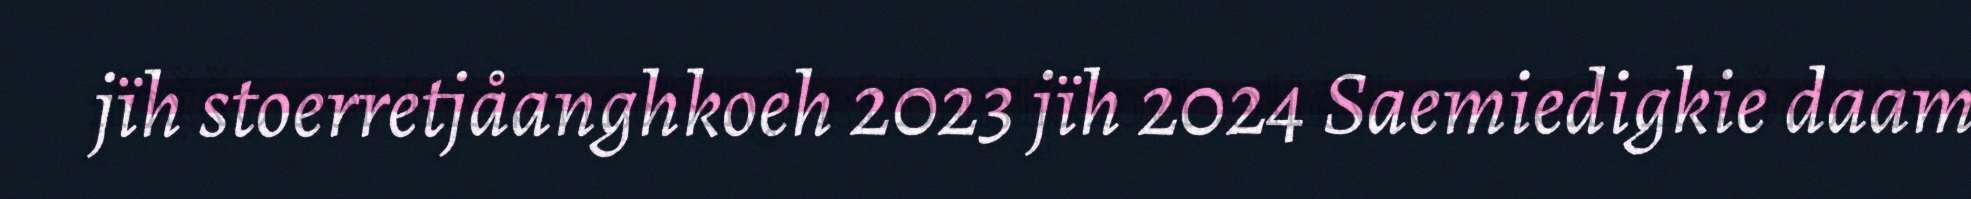
jïh stoerretjåanghkoeh 2023 jïh 2024 Saemiedigkie daam